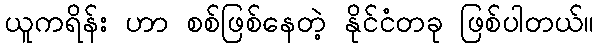
ယူကရိန်း ဟာ စစ်ဖြစ်နေတဲ့ နိုင်ငံတခု ဖြစ်ပါတယ်။